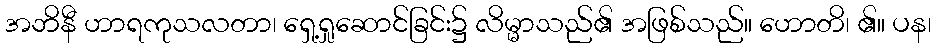
အဘိနီ ဟာရကုသလတာ၊ ရှေ့ရှုဆောင်ခြင်း၌ လိမ္မာသည်၏ အဖြစ်သည်။ ဟောတိ၊ ၏။ ပန၊